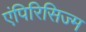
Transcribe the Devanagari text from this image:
एंपिरिसिज्म